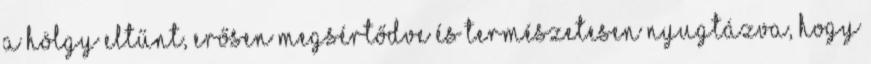
A hölgy eltűnt, erősen megsértődve és természetesen nyugtázva, hogy